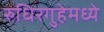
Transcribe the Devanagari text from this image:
रुधिरगुहेमध्ये